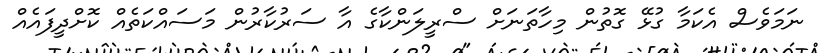
ނަމަވެސް އެކަމާ ގުޅޭ ގޮތުން މިހާތަނަށް ސްރީލަންކާގެ އާ ސަރުކާރުން މަސައްކަތެއް ކޮށްދީފައެއް